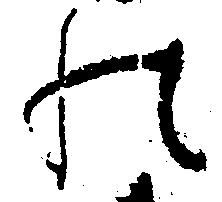
の